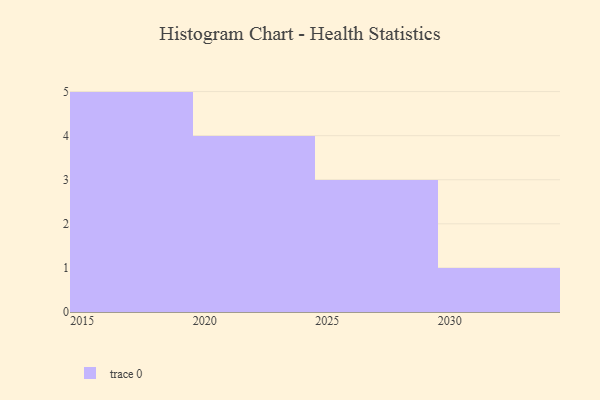
{"axis": {"x": "Year", "y": "Backlog"}, "legend": [""], "data": [{"x": "2015", "y": 24, "type": ""}, {"x": "2021", "y": 49, "type": ""}, {"x": "2018", "y": 66, "type": ""}, {"x": "2020", "y": 74, "type": ""}, {"x": "2022", "y": 53, "type": ""}, {"x": "2030", "y": 17, "type": ""}, {"x": "2017", "y": 82, "type": ""}, {"x": "2016", "y": 58, "type": ""}, {"x": "2026", "y": 87, "type": ""}, {"x": "2025", "y": 21, "type": ""}, {"x": "2023", "y": 82, "type": ""}, {"x": "2019", "y": 13, "type": ""}, {"x": "2029", "y": 35, "type": ""}]}